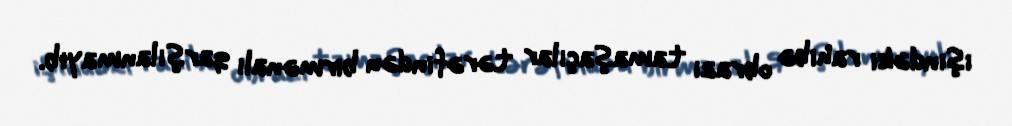
işindəki rahibə obrazı tamaşaçılar tərəfindən birmənalı qarşılanmayıb.